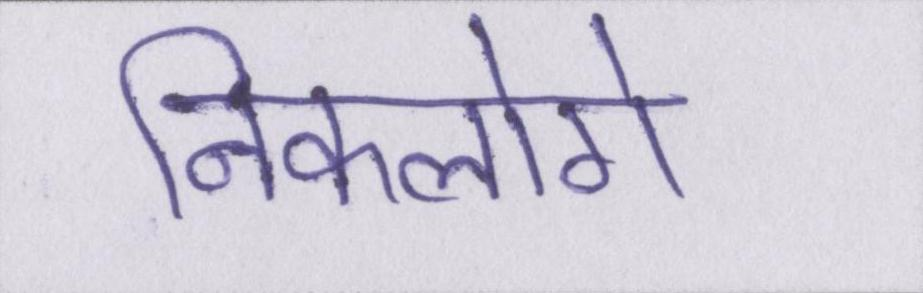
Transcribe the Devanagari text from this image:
निकलोगे